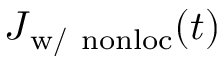
\boldsymbol J _ { \mathrm { w / ~ n o n l o c } } ( t )